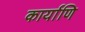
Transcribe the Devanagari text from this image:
कार्याणि